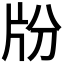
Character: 𤖭